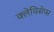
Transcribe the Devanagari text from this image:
क्लेविसेप्स